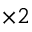
_ { \times 2 }